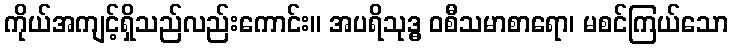
ကိုယ်အကျင့်ရှိသည်လည်းကောင်း။ အပရိသုဒ္ဓ ဝစီသမာစာရော၊ မစင်ကြယ်သော